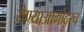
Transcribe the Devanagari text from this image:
येण्याआगोदरच